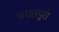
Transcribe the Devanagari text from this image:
भगलपुरो